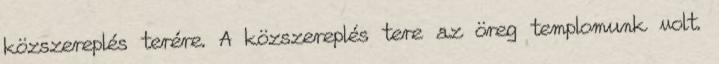
közszereplés terére. A közszereplés tere az öreg templomunk volt.